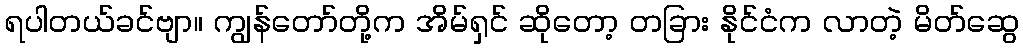
ရပါတယ်ခင်ဗျာ။ ကျွန်တော်တို့က အိမ်ရှင် ဆိုတော့ တခြား နိုင်ငံက လာတဲ့ မိတ်ဆွေ